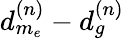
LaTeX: d_{m_{e}}^{(n)}-d_{g}^{(n)}